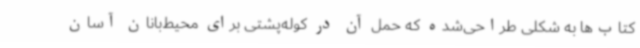
کتاب‌ها به شکلی طراحی‌شده که حمل آن در کوله‌پشتی برای محیط‌بانان آسان